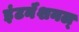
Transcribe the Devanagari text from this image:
इंटर्नॅशनल्